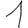
Digit: 1